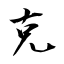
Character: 克